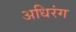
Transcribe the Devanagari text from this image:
अधिरंग